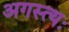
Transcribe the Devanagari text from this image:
अगस्त्यः